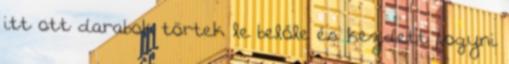
itt ott darabok törtek le belőle és kezdett fogyni